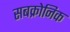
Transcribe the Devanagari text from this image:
सबक्रोनिक